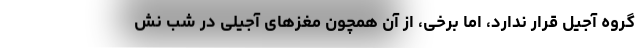
گروه آجیل قرار ندارد، اما برخی، از آن همچون مغزهای آجیلی در شب نش